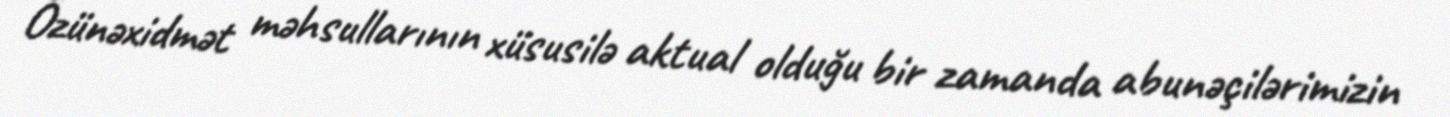
Özünəxidmət məhsullarının xüsusilə aktual olduğu bir zamanda abunəçilərimizin